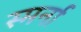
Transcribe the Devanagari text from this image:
स्मर्ना